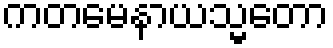
ကတမေနာယသ္မတော